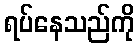
ရပ်နေသည်ကို